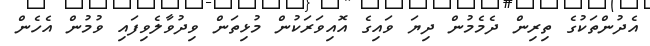
އެދުންތަކުގެ ތިރިން ދެމެމުން ދިޔަ ވައިގެ އޮއިވަރަކުން މުޅިތަން ވިދުވާލެވިފައި ވުމުން އެހެން